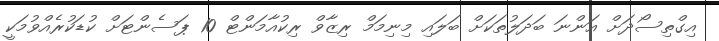
އިގްތިސޯދަށް އަންނަ ބަދަލުތަކަށް ބަލައި މިނިމަމް ރިޒާވް ރިކުއާމަންޓް 10 ޕަސެންޓަށް ކުޑަކުރެއްވުމަކީ